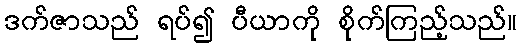
ဒက်ဇာသည် ရပ်၍ ပီယာကို စိုက်ကြည့်သည်။